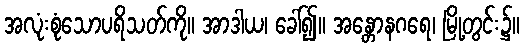
အလုံးစုံသောပရိသတ်ကို။ အာဒါယ၊ ခေါ်၍။ အန္တောနဂရေ၊ မြို့တွင်း၌။